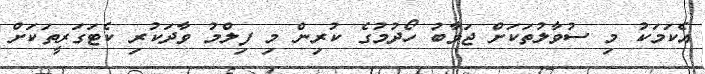
އެކަމަކު މި ސުވާލުތަކަށް ޖަވާބު ހޯދުމުގެ ކުރިން މި ފިލްމު ވާދަކުރި ކެޓަގަރީތަކަށް